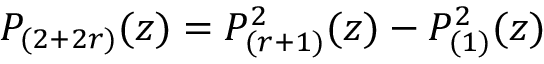
P _ { ( 2 + 2 r ) } ( z ) = P _ { ( r + 1 ) } ^ { 2 } ( z ) - P _ { ( 1 ) } ^ { 2 } ( z )